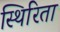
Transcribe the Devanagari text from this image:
स्थिरिता